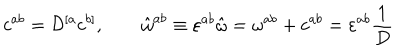
c ^ { a b } = { \cal D } ^ { [ a } c ^ { b ] } , \quad \quad \hat { \omega } ^ { a b } \equiv \varepsilon ^ { a b } \hat { \omega } = \omega ^ { a b } + c ^ { a b } = \varepsilon ^ { a b } { \frac { 1 } { D } }